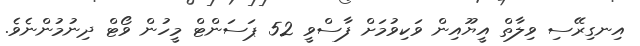
އިނގިރޭސި ވިލާތް އީޔޫއިން ވަކިވުމަށް ފާސްވީ 52 ޕަސަންޓް މީހުން ވޯޓް ދިނުމުންނެވެ.